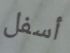
أسفل